Madras plague regulations in force outside the Presidency town - Volume 5
Disease focus: Plague
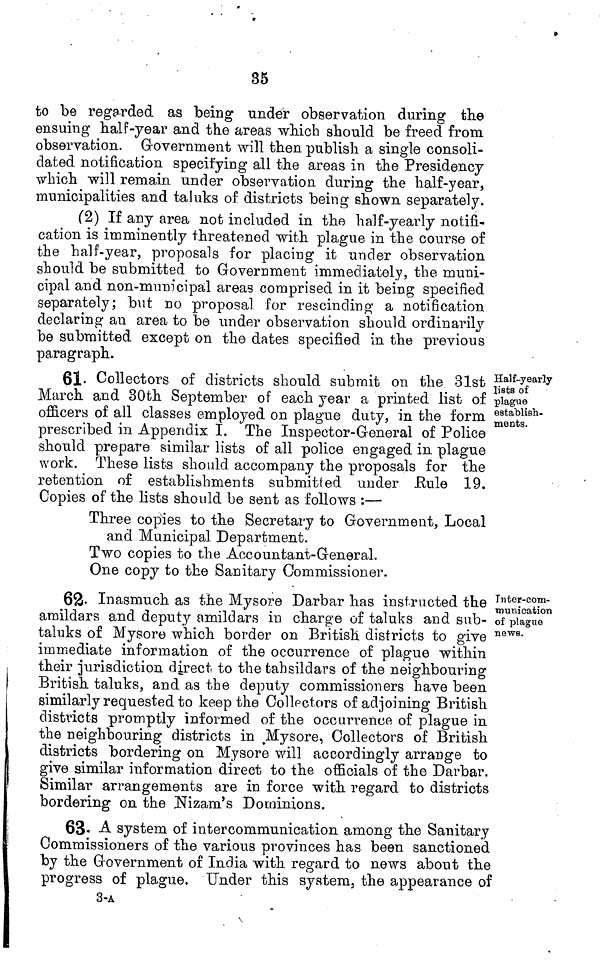
35
fco be regarded aa being under observation during the
ensuing half-year and the areas which should be freed from
observation. Government will then publish a single consoli-
dated notification specifying all the areas in the Presidency
which will remain under observation during the half-year,
municipalities and taluks of districts being shown separately.
(2) If any area not included in the half-yearly notifi-
cation is imminently threatened with plague in the course of
the half-year, proposals for placing it under observation
should be submitted to Government immediately, the muni-
cipal and non-municipal areas comprised in it being specified
separately; but no proposal for rescinding a notification
declaring an area to be under observation should ordinarily
be submitted except on the dates specified in the previous
paragraph.
Half-yearly
lists of
plague
establish-
ments.
61. Collectors of districts should submit on the 31st
March and 30th September of each year a printed list of
officer« of all classes employed on plague duty, in the form
prescribed in Appendix I. The Inspector-General of Police
should prepare similar lists of all police engaged in plague
work. These lists should accompany the proposals for the
retention of establishments submitted under Eule 19.
Copies of the lists should be sent as follows :—
Three copies to the Secretary to Government, Local
and Municipal Department.
Two copies to the Accountant-General.
One copy to the Sanitary Commissioner.
Tnter-coni-
m uni cation
of plague
news.
62- Inasmuch as the Mysore Da,rbar has instructed the
amildars and deputy amildars in charge of taluks and sub-
taluks of Mysore which border on British districts to give
immediate information of the occurrence of plague within
their jurisdiction direct to the tahsildars of the neighbouring
British taluks, and as the deputy commissioners have been
similarly requested to keep the Collpctors of adjoining British
districts promptly informed of the occurrence of plague in
the neighbouring districts in ^Mysore, Collectors of British
districts bordering on Mysore will accordingly arrange to
give similar information direct to the officials of the Darbar.
Similar arrangements are in force with regard to districts
bordering on the JSfizam's Dominions.
63- A system of intercommunication among the Sanitary
Commissioners of the various provinces has been sanctioned
by the Government of India with regard to news about the
progress of plague. Under this system, the appearance of
3-A